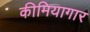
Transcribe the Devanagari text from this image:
कीमियागार